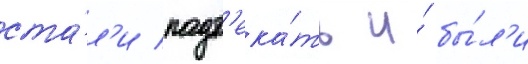
ста́л'и подт'ека́ть и́ бы́л'и